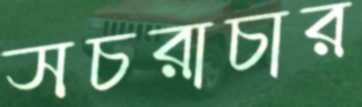
সচরাচার